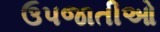
ઉપજાતીઓ